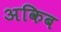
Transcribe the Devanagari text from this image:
अकिब